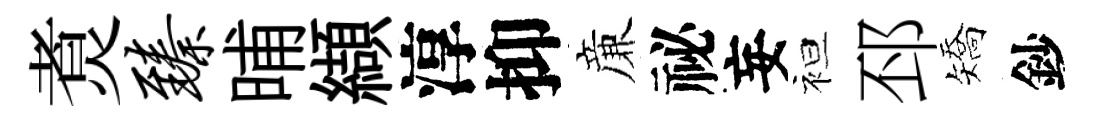
煑臻晡纈淳抑亷祕妄袒邳矯鈔